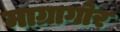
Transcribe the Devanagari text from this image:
माग्रागोर